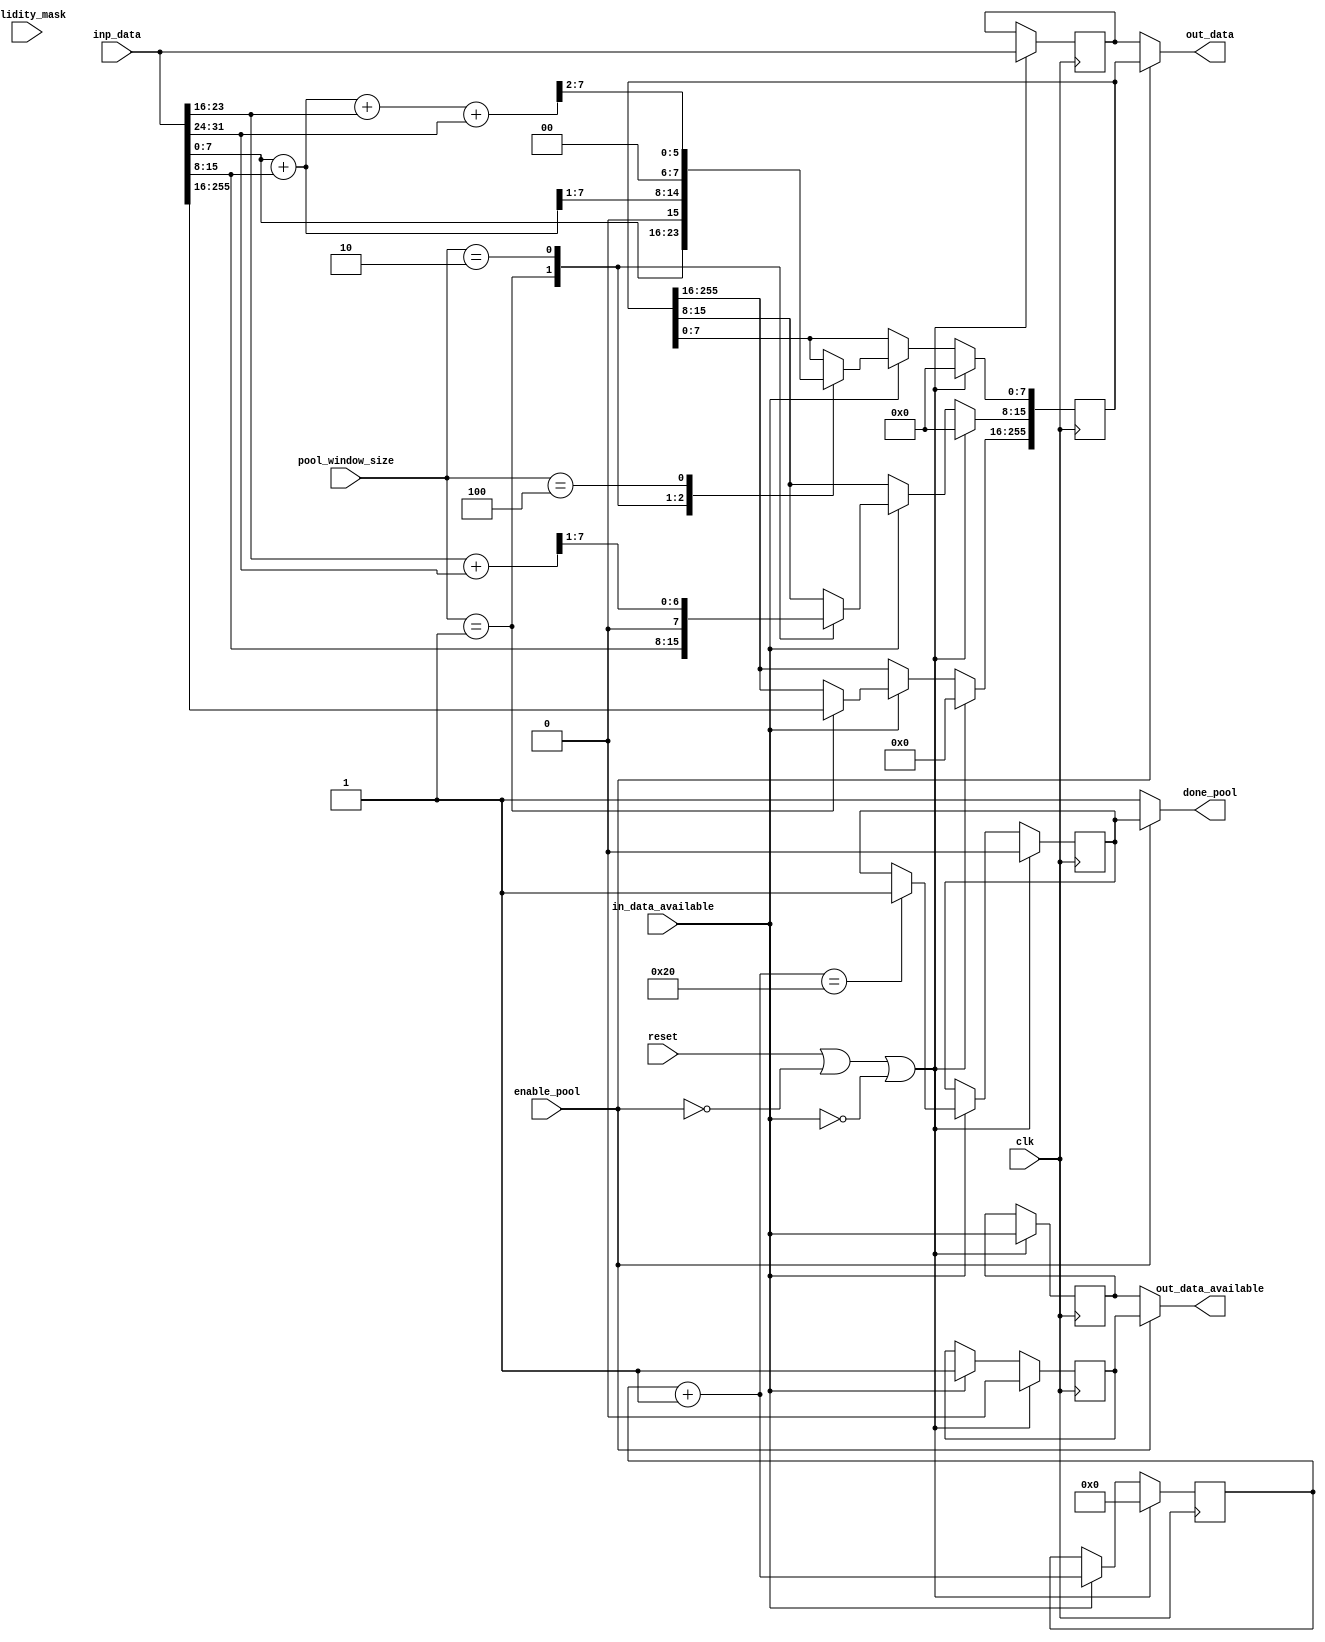
`define DWIDTH 8
`define DESIGN_SIZE 32
`define LOG2_DESIGN_SIZE 5
`define MAT_MUL_SIZE 32
`define MASK_WIDTH 32
`define LOG2_MAT_MUL_SIZE 5
`define AWIDTH 10
`define NUM_CYCLES_IN_MAC 3
`define MEM_ACCESS_LATENCY 1
`define REG_DATAWIDTH 32
`define REG_ADDRWIDTH 8
`define ADDR_STRIDE_WIDTH 16
`define MAX_BITS_POOL 3
`define REG_ENABLES_ADDR 32'h0
`define REG_STDN_TPU_ADDR 32'h4
`define REG_MEAN_ADDR 32'h8
`define REG_INV_VAR_ADDR 32'hA
`define REG_MATRIX_A_ADDR 32'he
`define REG_MATRIX_B_ADDR 32'h12
`define REG_MATRIX_C_ADDR 32'h16
`define REG_ACCUM_ACTIONS_ADDR 32'h24
`define REG_MATRIX_A_STRIDE_ADDR 32'h28
`define REG_MATRIX_B_STRIDE_ADDR 32'h32
`define REG_MATRIX_C_STRIDE_ADDR 32'h36
`define REG_ACTIVATION_CSR_ADDR 32'h3A
`define REG_POOL_WINDOW_ADDR 32'h3E
`define REG_CONV_PARAMS_1_ADDR 32'h40
`define REG_CONV_PARAMS_2_ADDR 32'h44
`define REG_CONV_PARAMS_3_ADDR 32'h48
`define REG_CONV_PARAMS_4_ADDR 32'h4C
`define REG_BATCH_SIZE_ADDR 32'h50
`define REG_VALID_MASK_A_ROWS_ADDR 32'h20
`define REG_VALID_MASK_A_COLS_ADDR 32'h54
`define REG_VALID_MASK_B_ROWS_ADDR 32'h5c
`define REG_VALID_MASK_B_COLS_ADDR 32'h58
//This used to be a normal signal, but changing it to a `define.
`define final_mat_mul_size 32
`define SIMULATION
`define IDLE     2'b00
`define W_ENABLE  2'b01
`define R_ENABLE  2'b10
`define STATE_INIT         4'b0000
`define STATE_MATMUL       4'b0001
`define STATE_NORM         4'b0010
`define STATE_POOL         4'b0011
`define STATE_ACTIVATION   4'b0100
`define STATE_DONE         4'b0101

module pool(
    input enable_pool,
    input in_data_available,
	  input [`MAX_BITS_POOL-1:0] pool_window_size,
    input [`DESIGN_SIZE*`DWIDTH-1:0] inp_data,
    output [`DESIGN_SIZE*`DWIDTH-1:0] out_data,
    output out_data_available,
    input [`MASK_WIDTH-1:0] validity_mask,
    output done_pool,
    input clk,
    input reset
);

reg in_data_available_flopped;
reg [`DESIGN_SIZE*`DWIDTH-1:0] inp_data_flopped;

reg [`DESIGN_SIZE*`DWIDTH-1:0] out_data_temp;
reg done_pool_temp;
reg out_data_available_temp;
reg [31:0] i,j;
reg [31:0] cycle_count;

always @(posedge clk) begin
	if (reset || ~enable_pool || ~in_data_available) begin
		out_data_temp <= 0;
		done_pool_temp <= 0;
		out_data_available_temp <= 0;
		cycle_count <= 0;
    in_data_available_flopped <= in_data_available;
    inp_data_flopped <= inp_data;
	end

	else if (in_data_available) begin
    cycle_count = cycle_count + 1;
		out_data_available_temp <= 1;

		case (pool_window_size)
			1: begin
				out_data_temp <= inp_data;
			end
			2: begin
				for (i = 0; i < `DESIGN_SIZE/2; i = i + 8) begin
					out_data_temp[ i +: 8] <= (inp_data[i*2 +: 8]  + inp_data[i*2 + 8 +: 8]) >> 1; 
				end
			end
			4: begin	
				for (i = 0; i < `DESIGN_SIZE/4; i = i + 8) begin
					//TODO: If 3 adders are the critical path, break into 2 cycles
					out_data_temp[ i +: 8] <= (inp_data[i*4 +: 8]  + inp_data[i*4 + 8 +: 8] + inp_data[i*4 + 16 +: 8]  + inp_data[i*4 + 24 +: 8]) >> 2; 
				end
			end
		endcase			

        if(cycle_count==`DESIGN_SIZE) begin	 
            done_pool_temp <= 1'b1;	      
        end	  
	end
end

assign out_data = enable_pool ? out_data_temp : inp_data_flopped; 
assign out_data_available = enable_pool ? out_data_available_temp : in_data_available_flopped;
assign done_pool = enable_pool ? done_pool_temp : 1'b1;

//Adding a dummy signal to use validity_mask input, to make ODIN happy
wire [`MASK_WIDTH-1:0] dummy;
assign dummy = validity_mask;

endmodule